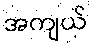
အကျယ်